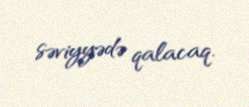
səviyyədə qalacaq.